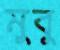
মুবু